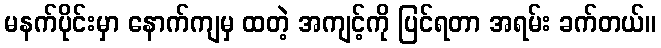
မနက်ပိုင်းမှာ နောက်ကျမှ ထတဲ့ အကျင့်ကို ပြင်ရတာ အရမ်း ခက်တယ်။